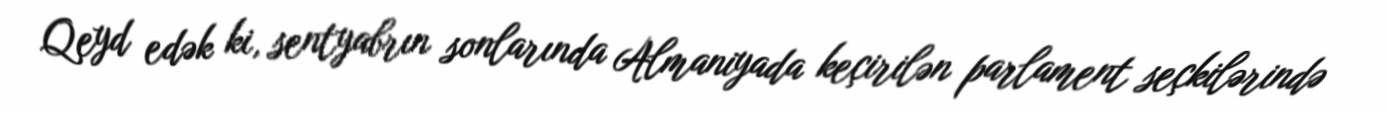
Qeyd edək ki, sentyabrın sonlarında Almaniyada keçirilən parlament seçkilərində